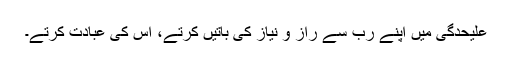
علیحدگی میں اپنے رب سے راز و نیاز کی باتیں کرتے، اس کی عبادت کرتے۔